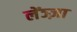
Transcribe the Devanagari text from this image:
लेंञ्ज़ा